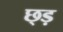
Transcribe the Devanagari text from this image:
छ्ड़